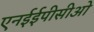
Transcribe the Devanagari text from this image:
एनईईपीसीओ